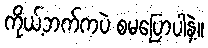
ကိုယ့်ဘက်ကပဲ စမပြောပါနဲ့။